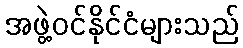
အဖွဲ့ဝင်နိုင်ငံများသည်